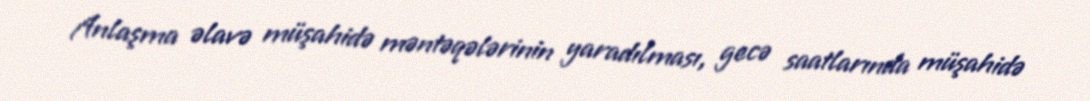
Anlaşma əlavə müşahidə məntəqələrinin yaradılması, gecə saatlarında müşahidə